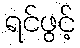
ရင်ဖွင့်